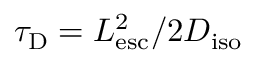
\tau _ { \mathrm { D } } = L _ { \mathrm { e s c } } ^ { 2 } / 2 D _ { \mathrm { i s o } }